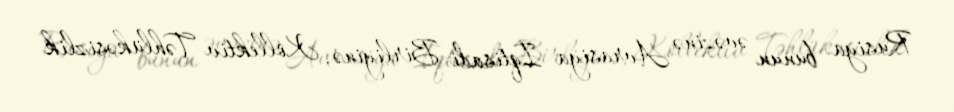
Rusiya bunun əvəzinə Avrasiya İqtisadi Birliyinə, Kollektiv Təhlükəsizlik